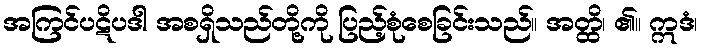
အကြင်ပဋိပဒါ အစရှိသည်တို့ကို ပြည့်စုံစေခြင်းသည်။ အတ္ထိ၊ ၏။ ဣဒံ၊